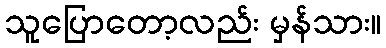
သူပြောတော့လည်း မှန်သား။